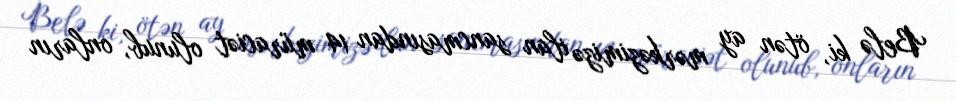
Belə ki, ötən ay mərkəzimizə ilan sancmasından 14 müraciət olunub, onların